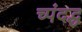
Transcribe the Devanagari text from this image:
च्पंदद्ध